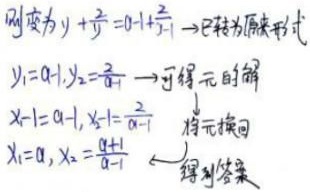
则变为 \(y + \frac{1}{y}=-1 + \frac{2}{-1}\)，已转为原来形式。\(y_1 = -1\)，\(y_2=\frac{1}{-1}\)，可得 \(y\) 的解。\(x - 1=-1\)，\(x - 1=\frac{1}{-1}\)，将 \(y\) 换回 \(x\)。\(x_1 = 0\)，\(x_2=\frac{0 + 1}{0-1}\)，得到答案。